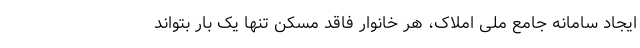
ایجاد سامانه جامع ملی املاک، هر خانوار فاقد مسکن تنها یک بار بتواند